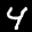
Label: 4